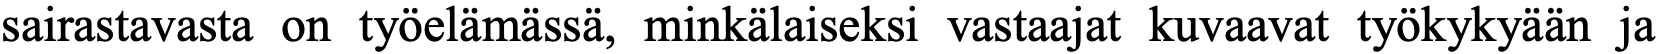
sairastavasta on työelämässä, minkälaiseksi vastaajat kuvaavat työkykyään ja